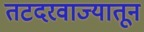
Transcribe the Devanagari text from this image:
तटदरवाज्यातून